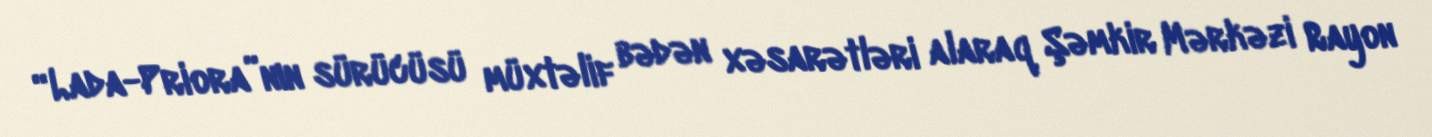
“Lada-Priora”nın sürücüsü müxtəlif bədən xəsarətləri alaraq Şəmkir Mərkəzi Rayon